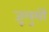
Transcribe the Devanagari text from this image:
जूलुसों